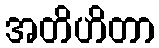
အတိဟိတာ